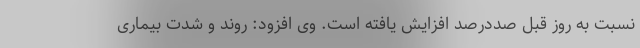
نسبت به روز قبل صددرصد افزایش یافته است. وی افزود: روند و شدت بیماری